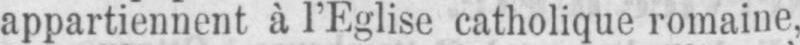
appartiennent à l’Eglise catholique romaine,